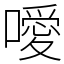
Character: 噯